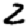
Digit: 2